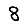
Digit: 8